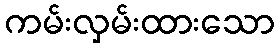
ကမ်းလှမ်းထားသော